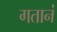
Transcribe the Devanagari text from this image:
गतानं